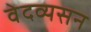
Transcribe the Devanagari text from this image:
वेदव्यसन